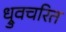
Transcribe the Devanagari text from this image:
ध्रुवचरित